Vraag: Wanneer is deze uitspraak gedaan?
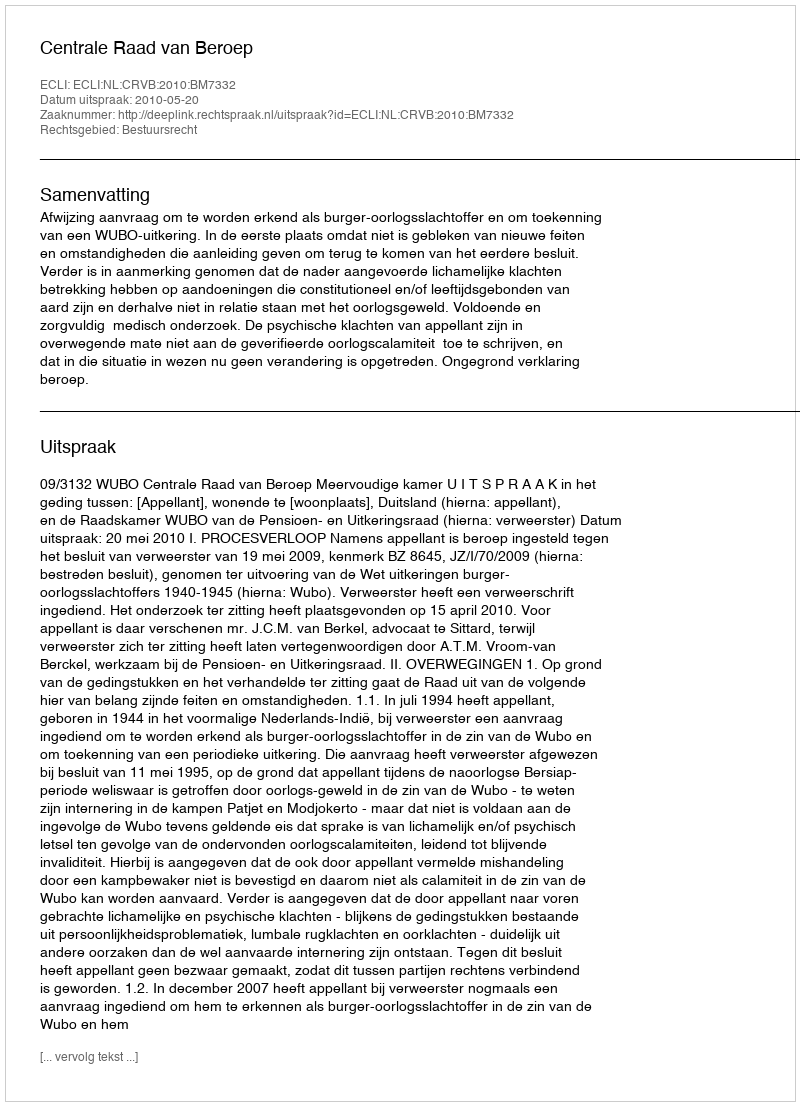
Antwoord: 2010-05-20